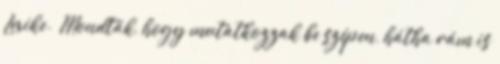
Lexike.❤ Mondták, hogy mutatkozzak be szépen, hátha rám is